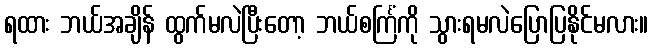
ရထား ဘယ်အချိန် ထွက်မလဲပြီးတော့ ဘယ်စင်္ကြံကို သွားရမလဲပြောပြနိုင်မလား။